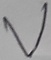
Text: V